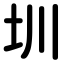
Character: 圳